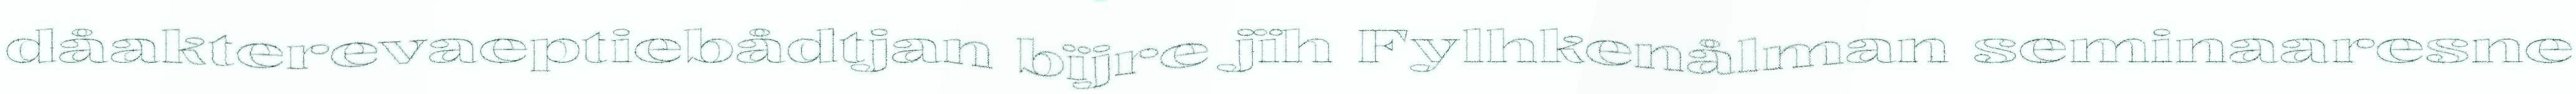
dåakterevaeptiebådtjan bïjre jïh Fylhkenålman seminaaresne